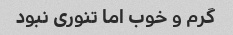
گرم و خوب اما تنوری نبود